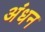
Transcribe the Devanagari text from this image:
अंधन